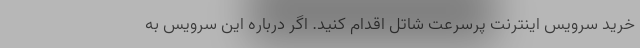
خرید سرویس اینترنت پرسرعت شاتل اقدام کنید. اگر درباره این سرویس به